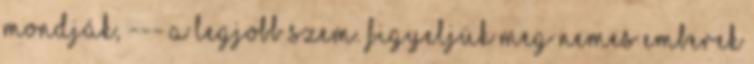
mondják, --- a legjobb szem. Figyeljük meg nemes emberek